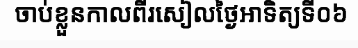
ចាប់ខ្លួនកាលពីរសៀលថ្ងៃអាទិត្យទី០៦